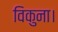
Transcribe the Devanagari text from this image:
विकुना।